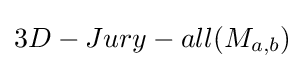
3D-Jury-all(M_{a,b})